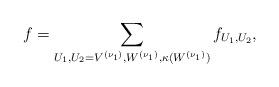
LaTeX: \begin{align*} f=\sum_{U_1,U_2=V^{(\nu_1)},W^{(\nu_1)},\kappa(W^{(\nu_1)})} f_{U_1,U_2},\end{align*}